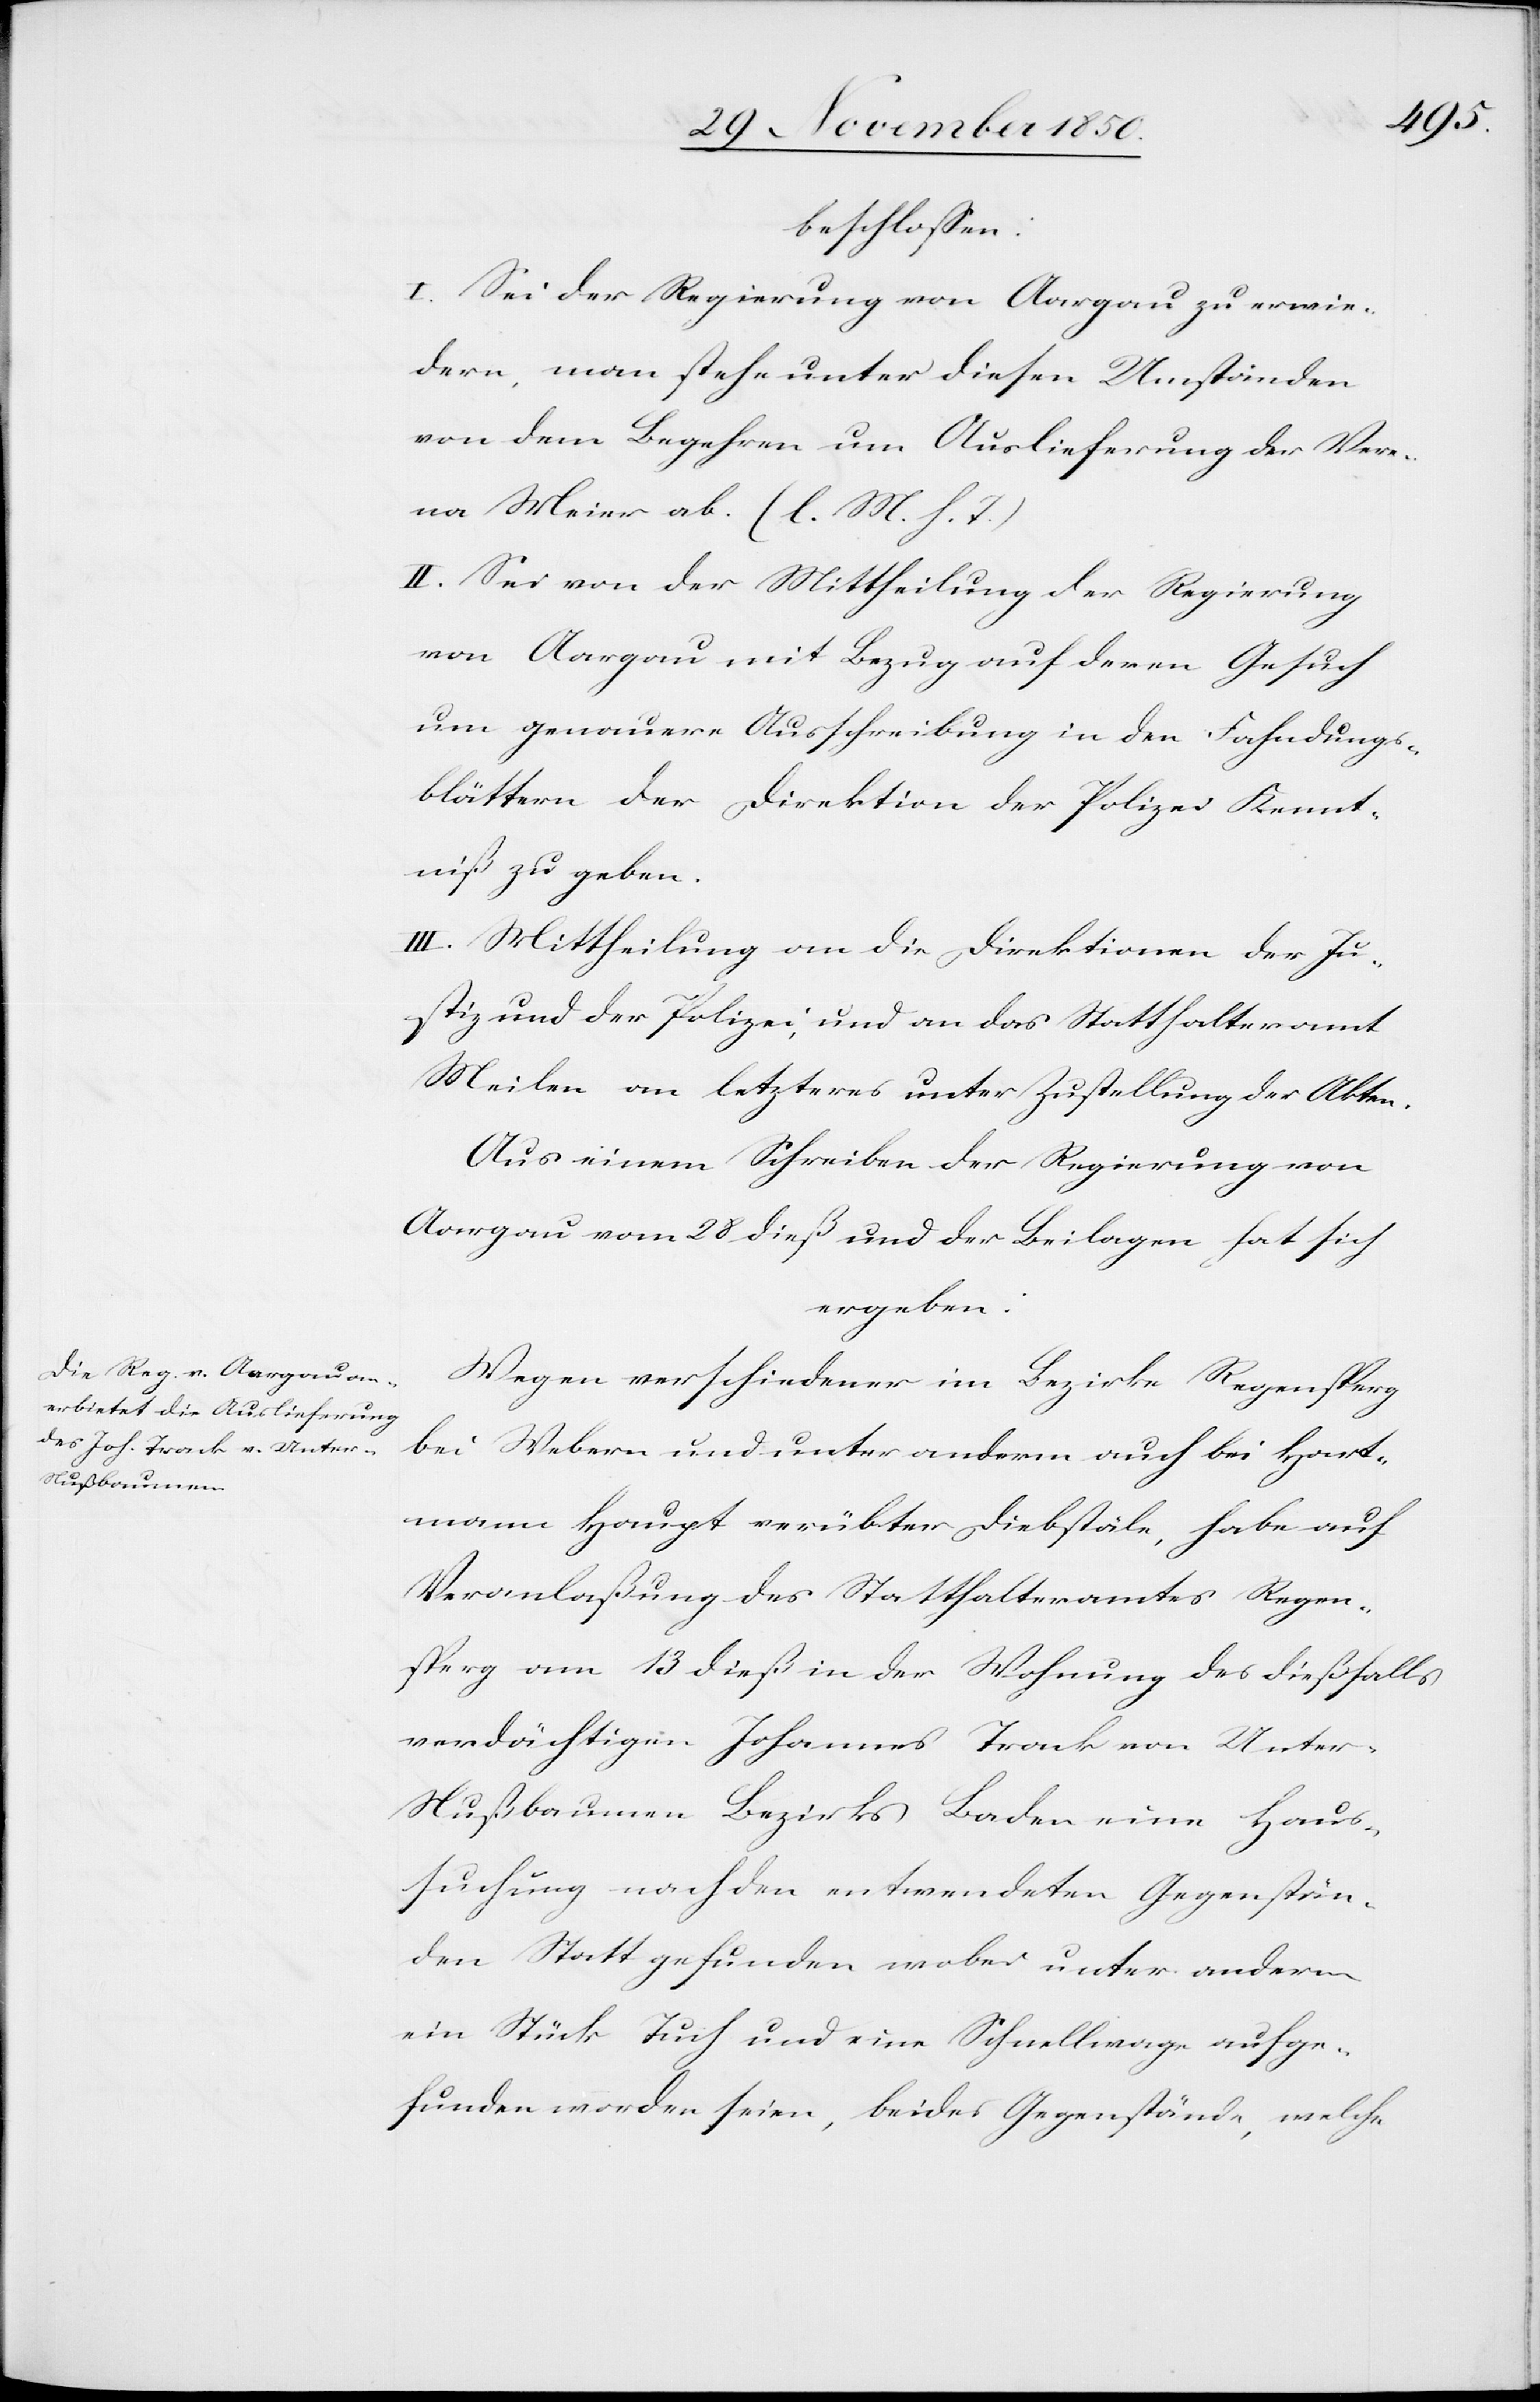
beschlossen:
I. Sei der Regierung von Aargau zu erwie¬
dern, man stehe unter diesen Umständen
von dem Begehren um Auslieferung der Vere¬
na Meier ab. (l. M. h. T.)
II. Sei von der Mittheilung der Regierung
von Aargau mit Bezug auf deren Gesuch
um genauere Ausschreibung in den Fahndungs¬
blättern der Direktion der Polizei Kennt¬
niß zu geben.
III. Mittheilung an die Direktionen der Ju¬
stiz und der Polizei, und an das Statthalteramt
Meilen an letzteres unter Zustellung der Akten.
Aus einem Schreiben der Regierung von
Aargau vom 28 dieß und der Beilagen hat sich
ergeben:
Wegen verschiedener im Bezirke Regensperg
bei Webern und unter anderm auch bei Hart¬
mann Haupt verübter Diebstäle, habe auf
Veranlaßung des Statthalteramtes Regen¬
sperg am 13 dieß in der Wohnung des dießfalls
verdächtigen Johannes Track von Unte¬
r-Nußbaumen Bezirks Baden eine Haus¬
suchung nach den entwendeten Gegenstän¬
den Statt gefunden wobei unter anderm
ein Stück Tuch und eine Schnellwage aufge¬
funden worden seien, beides Gegenstände, welche